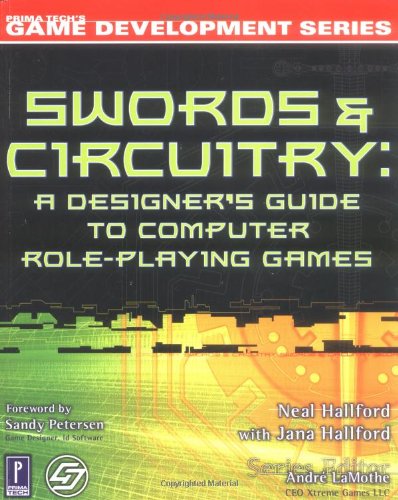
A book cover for Swords & Circuitry: A Designer's Guide to Computer Role-Playing Games (Premier Press Game Development); Neal Hallford; Computers & Technology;